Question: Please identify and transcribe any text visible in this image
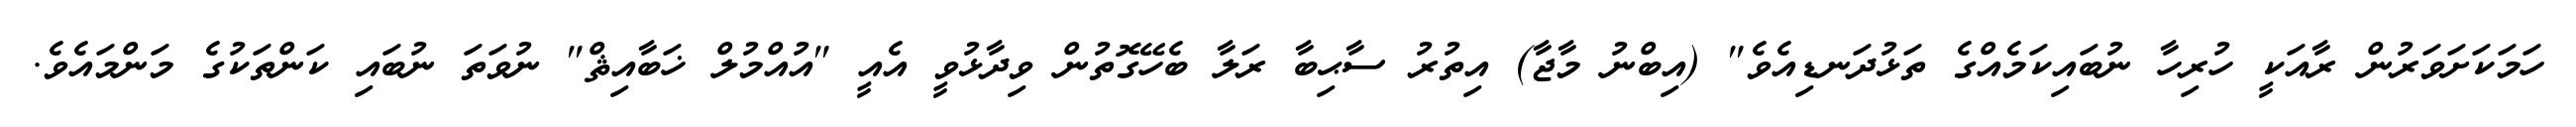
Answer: ހަމަކަށަވަރުން ރާއަކީ ހުރިހާ ނުބައިކަމެއްގެ ތަޅުދަނޑިއެވެ" (އިބްނު މާޖާ) އިތުރު ސާޙިބާ ރަލާ ބެހޭގޮތުން ވިދާޅުވީ އެއީ "އުއްމުލް ޚަބާއިޘް" ނުވަތަ ނުބައި ކަންތަކުގެ މަންމައެވެ.